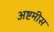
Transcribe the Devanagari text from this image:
अष्टमीस